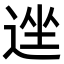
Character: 𫐩